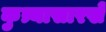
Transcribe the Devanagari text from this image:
कुत्र्यासारखे